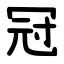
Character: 冠